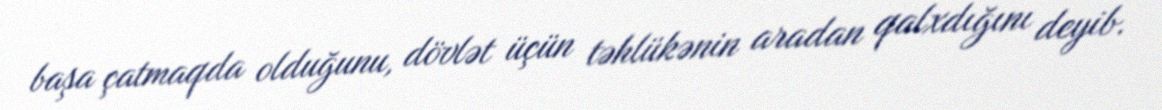
başa çatmaqda olduğunu, dövlət üçün təhlükənin aradan qalxdığını deyib.